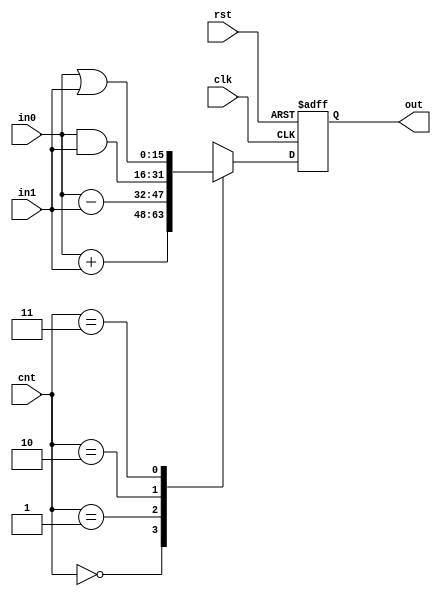
`timescale 1ps/1ps
module ALU (rst, clk, cnt, in0, in1, out);

   //K
   input rst, clk;
   input [1:0] cnt;
   input [15:0] in0, in1;
   output [15:0] out;

    reg [15:0] out;


        always @ (negedge rst or posedge clk ) begin

            if(!rst) out <= #1 16'h0000;

            else

            case( cnt )

              2'b00: out <= #1 in0 + in1;

              2'b01: out <= #1 in0 - in1;

              2'b10: out <= #1 in0 & in1;

              2'b11: out <= #1 in0 | in1;

              default: out <= 16'hxxxx;

            endcase

        end
endmodule